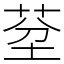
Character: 𦯀